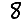
Digit: 8